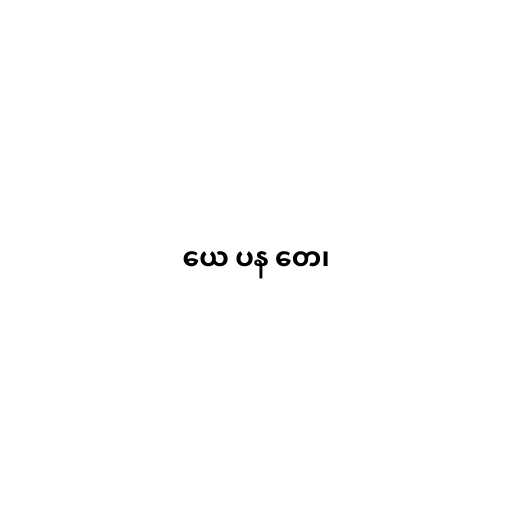
ယေ ပန တေ၊